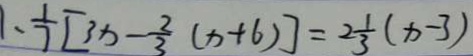
1 . \frac { 1 } { 7 } [ 3 x - \frac { 2 } { 3 } ( x + 6 ) ] = 2 \frac { 1 } { 3 } ( x - 3 )